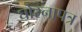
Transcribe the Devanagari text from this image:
घोस्नापत्र